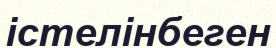
істелінбеген